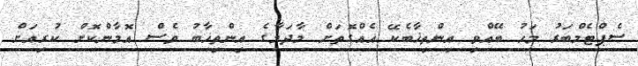
ސެޕްޓެމްބަރު މަހު ބޭއްވި އިންތިޚާބެކޭ އެއްގޮތަށް މާދަމާގެ އިންތިޚާބު ވެސް އޮމާންކޮށް ކުރިއަށް